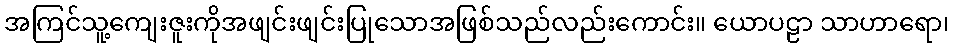
အကြင်သူ့ကျေးဇူးကိုအဖျင်းဖျင်းပြုသောအဖြစ်သည်လည်းကောင်း။ ယောပဠာ သာဟာရော၊